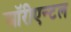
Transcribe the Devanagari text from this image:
ऑरीएन्टल